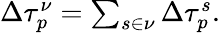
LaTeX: \begin{array}{r}{\Delta\tau_{p}^{\nu}=\sum_{s\in\nu}\Delta\tau_{p}^{s}.}\end{array}